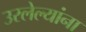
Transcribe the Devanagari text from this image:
उरलेल्यांना